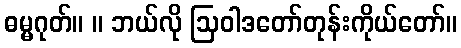
ဓမ္မဂုတ်။ ။ ဘယ်လို ဩဝါဒတော်တုန်းကိုယ်တော်။